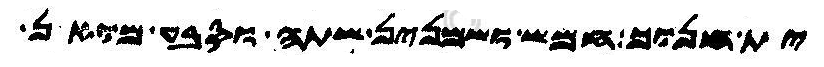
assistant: ית חנוך חמש ושמנין שתה וסבע מואן